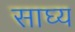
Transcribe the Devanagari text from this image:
साघ्य